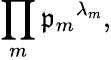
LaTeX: \prod_{m}{\mathfrak{p}_{m}}^{\lambda_{m}},